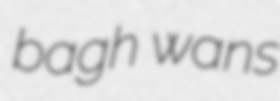
bagh wans